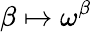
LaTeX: \beta\mapsto\omega^{\beta}